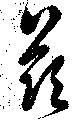
茲